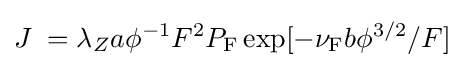
J\;=\lambda _{Z}a\phi ^{-1}F^{2}P_{\mathrm {F} }\exp[-\nu _{\mathrm {F} }b\phi ^{3/2}/F]